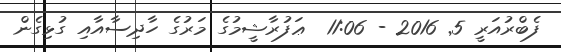
ފެބްރުއަރީ 5